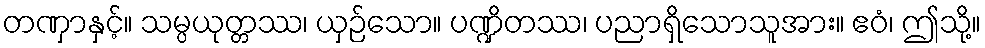
တဏှာနှင့်။ သမ္ပယုတ္တဿ၊ ယှဉ်သော။ ပဏ္ဍိတဿ၊ ပညာရှိသောသူအား။ ဧဝံ၊ ဤသို့။